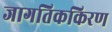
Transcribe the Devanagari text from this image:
जागतिककिरण